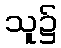
သူ၌